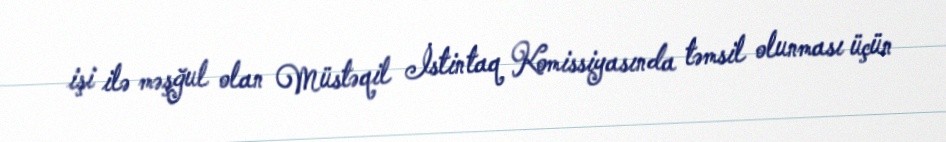
işi ilə məşğul olan Müstəqil İstintaq Komissiyasında təmsil olunması üçün